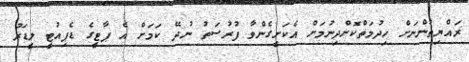
ރައްޔިތުންނަށް ހިދުމަތްކޮށްދިނުމަށް އެކަށީގެންވާ ފުރުސަތު ނުދޭ ކަމަށް އެ ޕާޓީގެ ޑެޕިއުޓީ ލީޑަރު